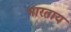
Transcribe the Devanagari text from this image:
भारताय